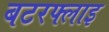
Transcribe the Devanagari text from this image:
बटरफ्लाइ